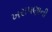
ખરાપણાની